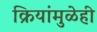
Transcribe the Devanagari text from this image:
क्रियांमुळेही